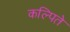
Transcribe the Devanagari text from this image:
कल्पिते